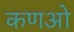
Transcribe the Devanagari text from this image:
कणओ